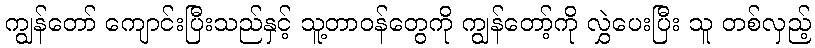
ကျွန်တော် ကျောင်းပြီးသည်နှင့် သူ့တာဝန်တွေကို ကျွန်တော့်ကို လွှဲပေးပြီး သူ တစ်လှည့်